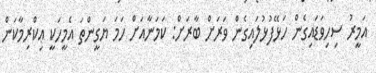
އަމީރު ސިހިވަޑައިގެން ހަޅޭފުޅުލައިގެން ވަރަށް ބާރަށް: ކަމަނާއަށް ހަމަ ޔަގީންތަ އެމީހަކީ ޢިކްރިމާކަން